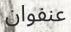
عنفوان